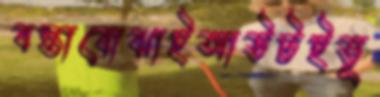
বস্তাবোঝাইআউটইভূ